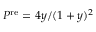
P ^ { \protect \mathrm { r e } } = 4 y / ( 1 + y ) ^ { 2 }